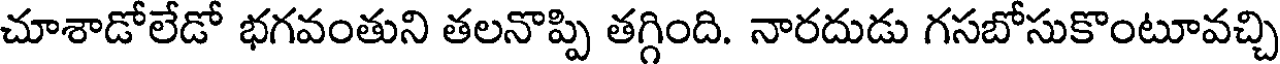
చూశాడోలేడో భగవంతుని తలనొప్పి తగ్గింది. నారదుడు గసబోసుకొంటూవచ్చి